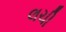
લચી